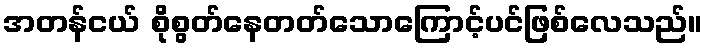
အတန်ငယ် စိုစွတ်နေတတ်သောကြောင့်ပင်ဖြစ်လေသည်။